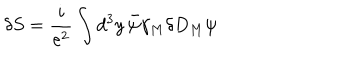
LaTeX: \delta S = \frac { i } { e ^ { 2 } } \int d ^ { 3 } y \, \bar { \psi } \gamma _ { M } \delta D _ { M } \psi